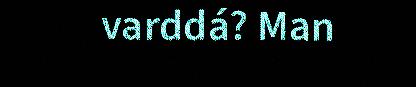
varddá? Man